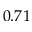
0 . 7 1